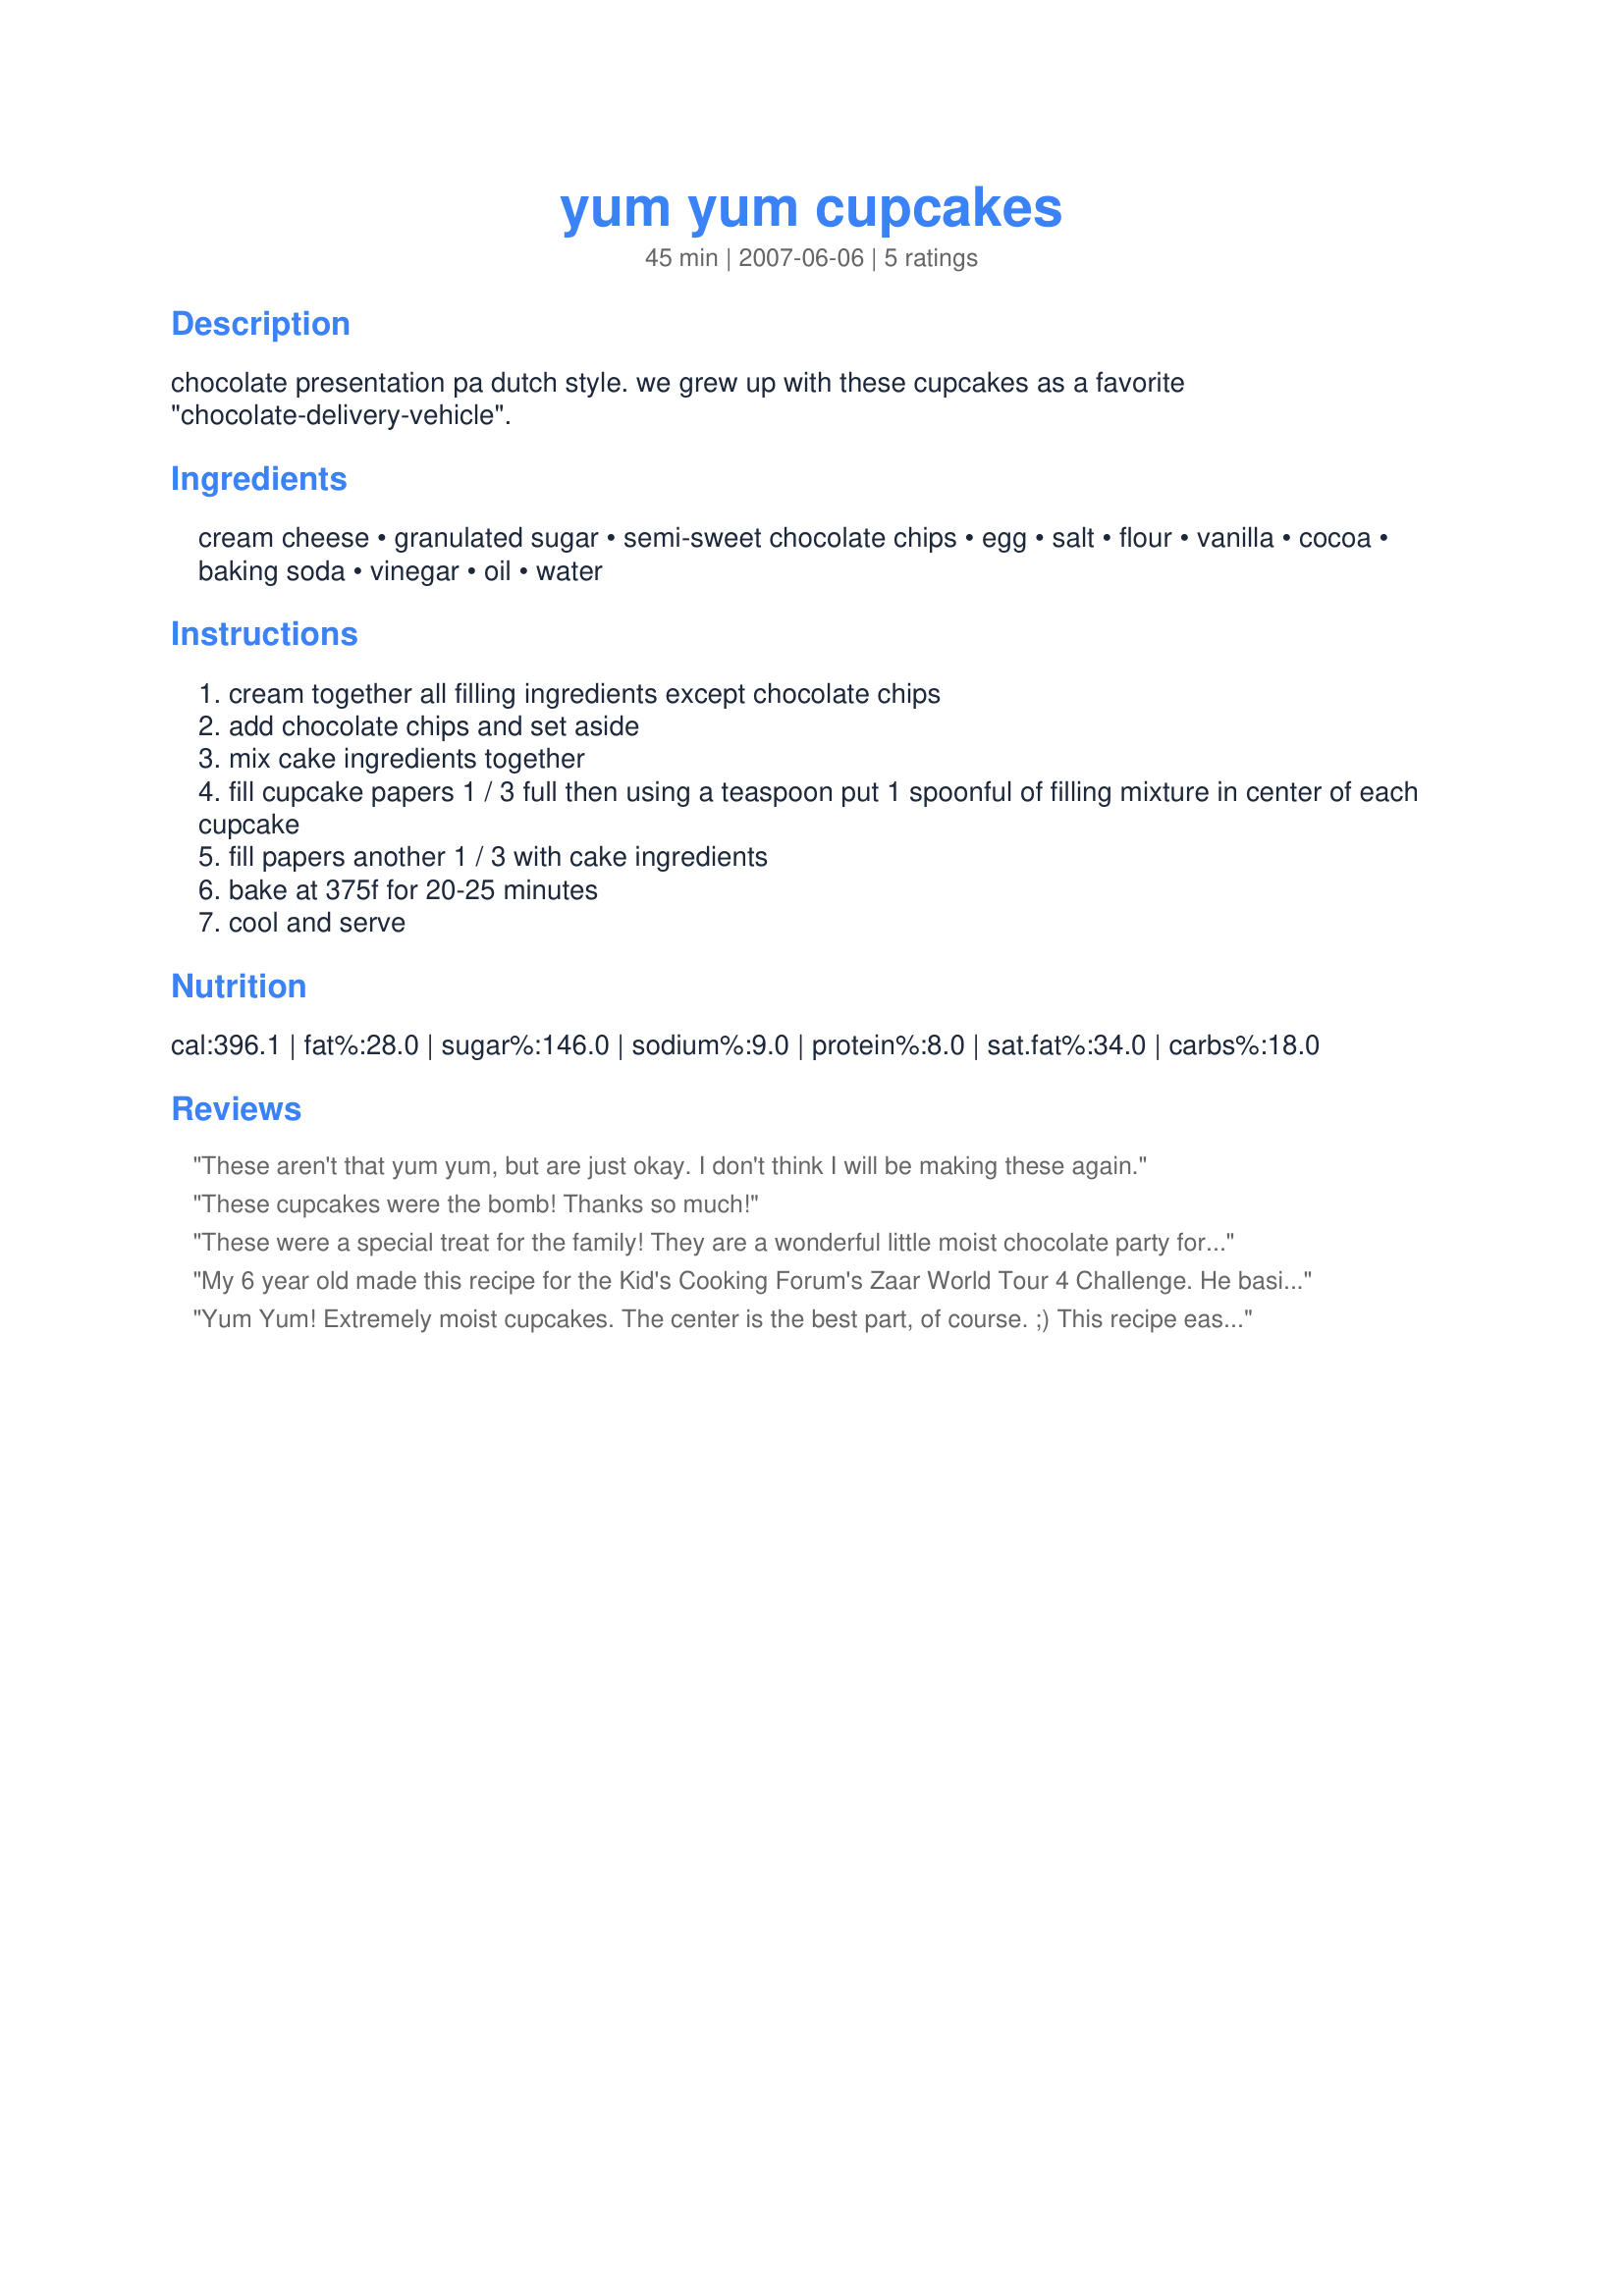
yum yum cupcakes
Preparation time: 45 minutes

chocolate presentation pa dutch style. we grew up with these cupcakes as a favorite "chocolate-delivery-vehicle".

Ingredients:
cream cheese, granulated sugar, semi-sweet chocolate chips, egg, salt, flour, vanilla, cocoa, baking soda, vinegar, oil, water

Steps:
cream together all filling ingredients except chocolate chips
add chocolate chips and set aside
mix cake ingredients together
fill cupcake papers 1 / 3 full then using a teaspoon put 1 spoonful of filling mixture in center of each cupcake
fill papers another 1 / 3 with cake ingredients
bake at 375f for 20-25 minutes
cool and serve

Reviews:
These aren't that yum yum, but are just okay. I don't think I will be making these again.
These cupcakes were the bomb! Thanks so much!
These were a special treat for the family! They are a wonderful little moist chocolate party for your mouth. I will keep this one handy to make again and will look for an excuse to do so. 
 Thanks!
 Made and Reviewed for PAC Spring 09
My 6 year old made this recipe for the Kid's Cooking Forum's Zaar World Tour 4 Challenge. He basically made the entire recipe by himself and was ecstatic that they were sinfully delicious. We had some of the filling left-over, but that may be because of uneven scooping. It will be fun making another recipe to use it for! Thanks luvinlif2K! Whine and Cheese!
Yum Yum! Extremely moist cupcakes. The center is the best part, of course. ;) This recipe easily made 24 nice-sized cupcakes. These are a big hit. Thanx!
